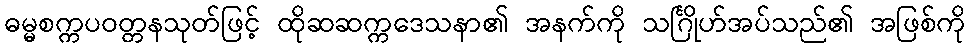
ဓမ္မစက္ကပဝတ္တနသုတ်ဖြင့် ထိုဆဆက္ကဒေသနာ၏ အနက်ကို သင်္ဂြိုဟ်အပ်သည်၏ အဖြစ်ကို